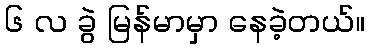
၆ လ ခွဲ မြန်မာမှာ နေခဲ့တယ်။